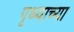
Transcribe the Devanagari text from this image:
पृथ्वाच्या